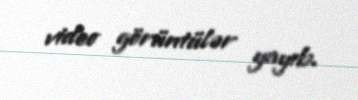
video görüntülər yayıb.